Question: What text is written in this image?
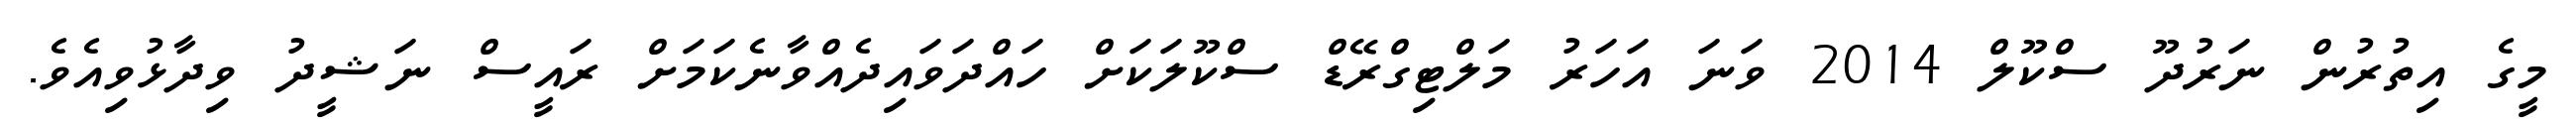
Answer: މީގެ އިތުރުން ނަރުދޫ ސްކޫލް 2014 ވަނަ އަހަރު މަލްޓިގްރޭޑް ސްކޫލަކަށް ހައްދަވައިދެއްވާނެކަމަށް ރައީސް ނަޝީދު ވިދާޅުވިއެވެ.